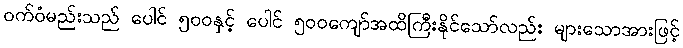
ဝက်ဝံမည်းသည် ပေါင် ၅၀၀နှင့် ပေါင် ၅၀၀ကျော်အထိကြီးနိုင်သော်လည်း များသောအားဖြင့်